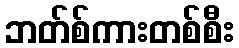
ဘတ်စ်ကားတစ်စီး